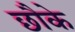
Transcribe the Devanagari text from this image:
छौके